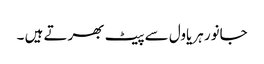
جانور ہریاول سے پیٹ بھرتے ہیں ۔